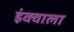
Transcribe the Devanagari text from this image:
इंक्वाला